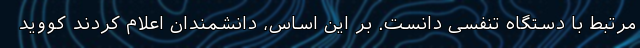
مرتبط با دستگاه تنفسی دانست. بر این اساس، دانشمندان اعلام کردند کووید